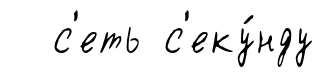
с'еть с'еку́нду